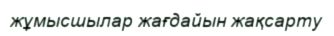
жұмысшылар жағдайын жақсарту